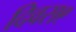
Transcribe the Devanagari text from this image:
दिवस९